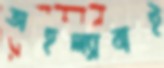
অহল্যাবাই